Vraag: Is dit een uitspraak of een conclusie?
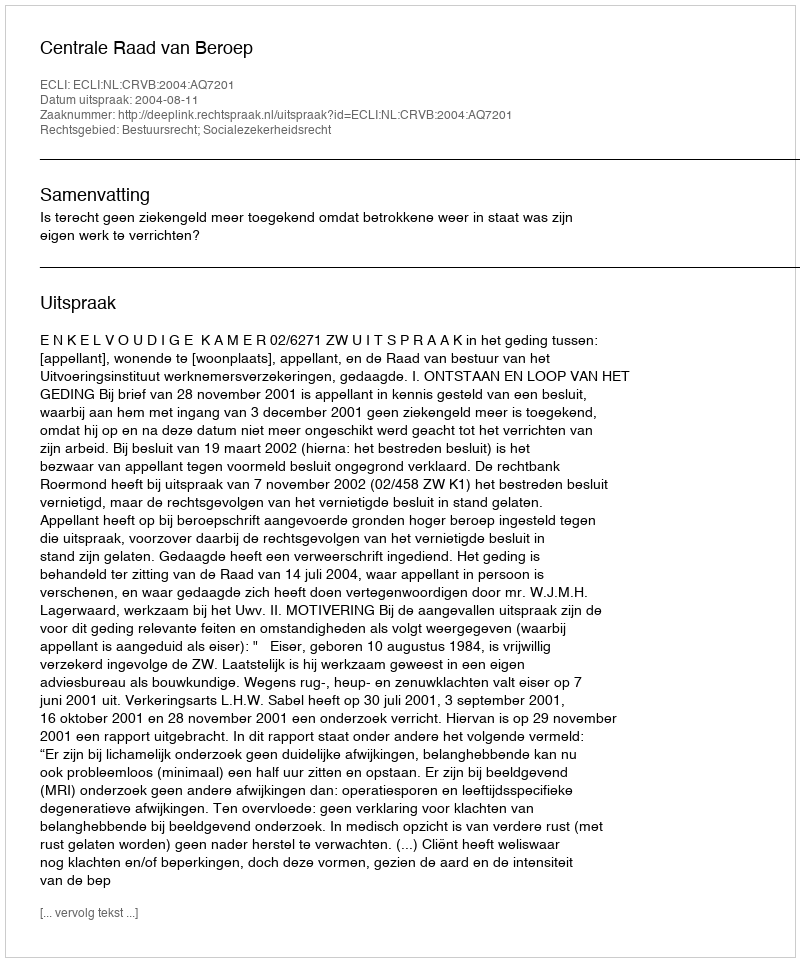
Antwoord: Uitspraak